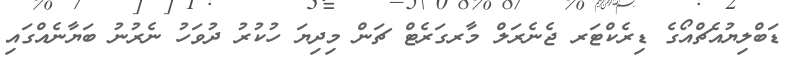
ޑަބްލިޔުއެޗްއޯގެ ޑިރެކްޓަރ ޖެނެރަލް މާރގަރެޓް ޗަން މިދިޔަ ހުކުރު ދުވަހު ނެރުނު ބަޔާނެއްގައި